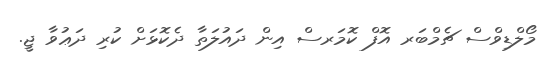
މޯލްޑިވްސް ޗެމްބަރ އޮފް ކޮމަރސް އިން ދައުލަތާ ދެކޮޅަށް ކުރި ދަޢުވާ ޖީ.